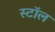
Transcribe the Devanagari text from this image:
स्टाॅल